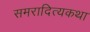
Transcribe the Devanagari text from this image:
समरादित्यकथा